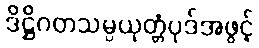
ဒိဋ္ဌိဂတသမ္ပယုတ္တံပုဒ်အဖွင့်